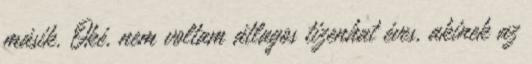
másik. Oké, nem voltam átlagos tizenhat éves, akinek az